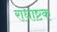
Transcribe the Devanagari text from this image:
राधाष्टक